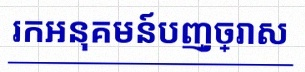
រកអនុគមន៍បញ្ច្រាស